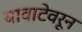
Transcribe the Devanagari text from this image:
यावाटेवरून